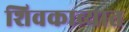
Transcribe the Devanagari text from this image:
शिवकाव्यात